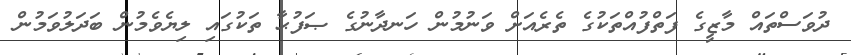
ދުވަސްތައް މާޒީގެ ފަތްފުއްތަކުގެ ތެރެއަށް ވަނުމުން ހަނދާނުގެ ޞަފުޙާ ތަކުގައި ލިޔެވެމުން ބަދަލުވަމުން